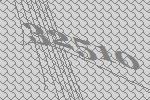
32510